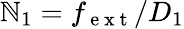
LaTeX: \mathbb{N}_{1}=f_{\mathrm{{~e~x~t~}}}/D_{1}